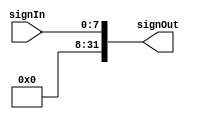
`timescale 1ns / 1ps
//////////////////////////////////////////////////////////////////////////////////
// Company: 
// Engineer: 
// 
// Design Name: 
// Module Name: sign_extend
// Project Name: 
// Target Devices: 
// Tool Versions: 
// Description: 
// 
// Dependencies: 
// 
// Revision:
// Revision 0.01 - File Created
// Additional Comments:
// 
//////////////////////////////////////////////////////////////////////////////////
module sign_extend(signIn, signOut);
    input [7:0] signIn;
    output reg [31:0] signOut;
    
    always@ (signIn, signOut)
            signOut = {24'b0000_0000_0000_0000_0000_0000,signIn};
endmodule